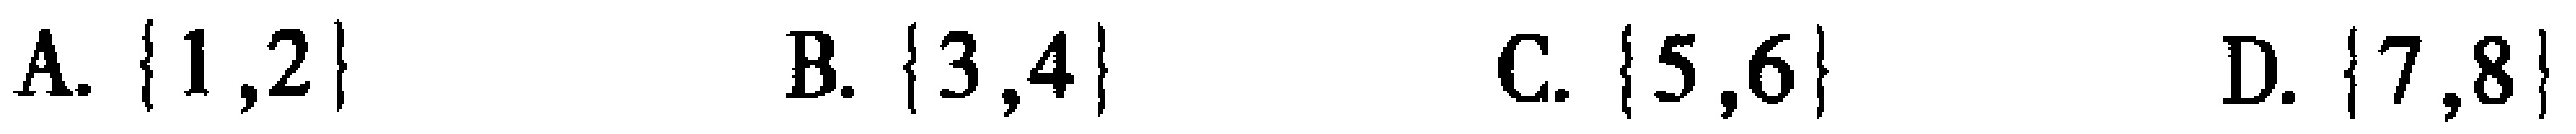
A. $\{1,2\}$  B. $\{3,4\}$  C. $\{5,6\}$  D. $\{7,8\}$